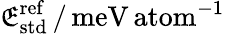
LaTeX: \mathfrak{E}_{\mathrm{{std}}}^{\mathrm{{ref}}}\, /\, \mathrm{{meV\, atom}}^{-1}